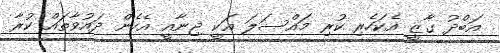
އަބްދު ގާޒީ އެކަހެރި ކުރި މައްސަލަ އަކީ ޖިނާއީ އެހެން ދައުވާތައް ކުރާ